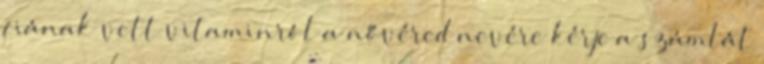
fiának vett vitaminról a nővéred nevére kérje a számlát